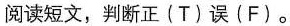
阅读短文,判断正(T)误(F)。